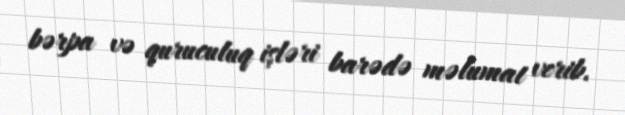
bərpa və quruculuq işləri barədə məlumat verib.